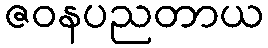
ဇဝနပညတာယ